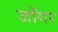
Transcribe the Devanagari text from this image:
जॉगर